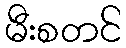
မီးစတင်